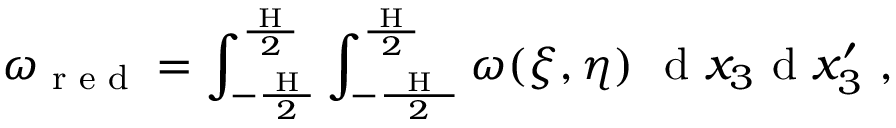
\omega _ { \textup { r e d } } = \int _ { - \frac { \textup { H } } { 2 } } ^ { \frac { \textup { H } } { 2 } } \int _ { - \frac { \textup { \textup { H } } } { 2 } } ^ { \frac { \textup { H } } { 2 } } \omega ( \boldsymbol { \xi } , \boldsymbol { \eta } ) \ \textup { d } x _ { 3 } \textup { d } x _ { 3 } ^ { \prime } \ ,